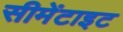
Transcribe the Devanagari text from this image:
सीमेंटाइट